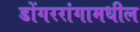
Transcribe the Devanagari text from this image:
डोंगररांगामधील